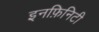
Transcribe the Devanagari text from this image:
इनफ़िनिटी